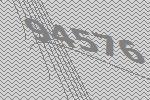
94576